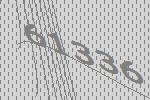
61336